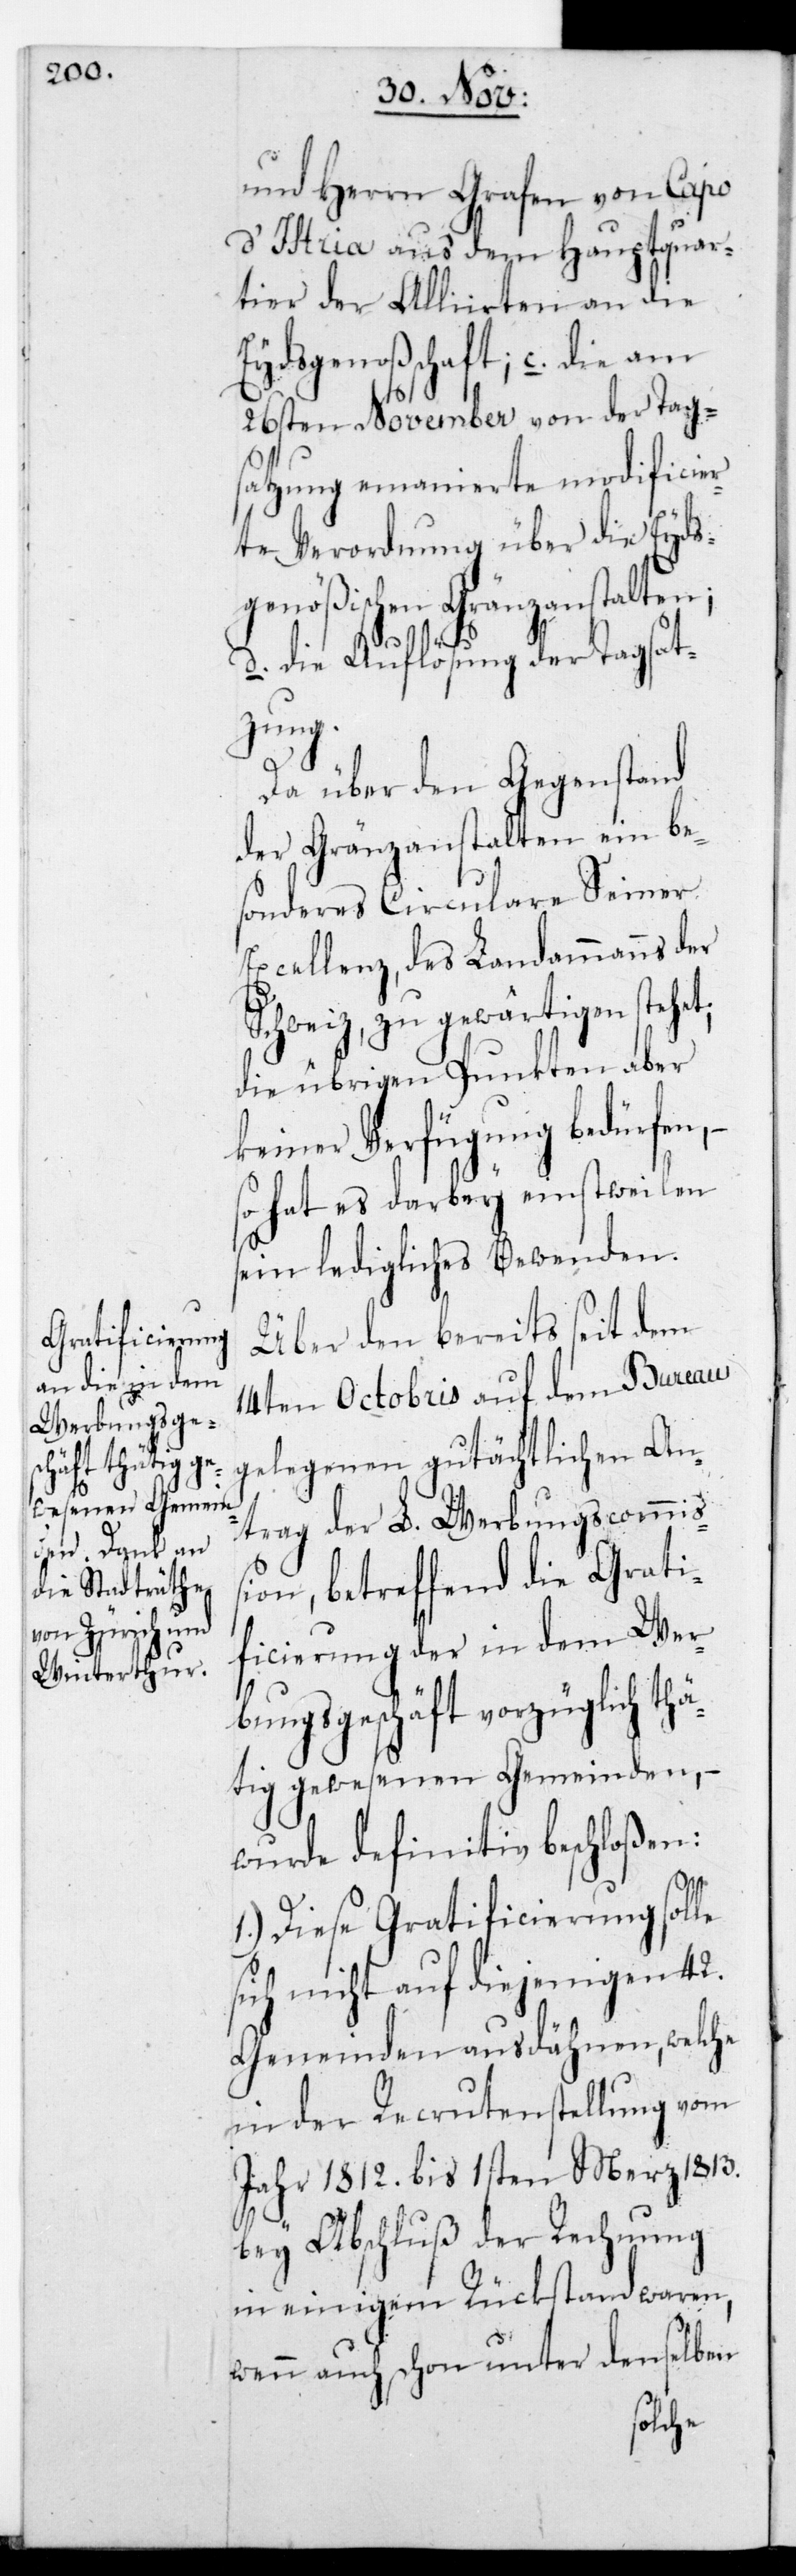
und Herrn Grafen von Capo
d’Istria aus dem Hauptquar¬
tier der Allierten an die
Eydsgenoßenschaft; c. die am
26sten November von der Tag¬
satzung emanierte modificier¬
te Verordnung über die Eyds¬
genößischen Grenzanstalten;
d. Die Auflösung der Tagsat¬
zung.
Da über den Gegenstand
der Gränzanstalten ein be¬
sonderes Circulare Sr.
Excellenz des Landammanns der
Schweiz, zu gewärtigen stehet;
die übrigen Punkten aber
keiner Verfügung bedürfen,
so hat es darbey einstweilen
sein ledigliches Bewenden.
Über den bereits seit dem
14ten Octobris auf dem Bureau
gelegenen gutächtlichen An¬
trag der L. Werbungscommiß¬
ion, betreffend die Grati¬
ficierung der in dem Wer¬
bungsgeschäft vorzüglich thä¬
tig gewesenen Gemeinden, –
wurde definitiv beschloßen:
1.) Diese Gratificierung solle
sich nicht auf diejenigen 42.
Gemeinden ausdehnen, welche
in der Recrutenstellung vom
Jahr 1812. bis 1sten März 1813.
bey Abschluß der Rechnung
in einigem Rückstand waren,
wenn auch schon unter denselben